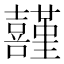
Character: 𡅸